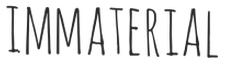
IMMATERIAL